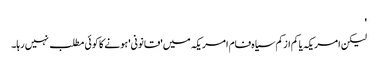
'
لیکن امریکہ یا کم ازکم سیاہ فام امریکہ میں 'قانونی' ہونے کا کوئی مطلب نہیں رہا۔